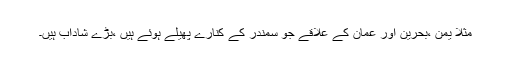
مثلاً یمن ،بحرین اور عمان کے علاقے جو سمندر کے کنارے پھیلے ہوئے ہیں ،بڑے شاداب ہیں۔